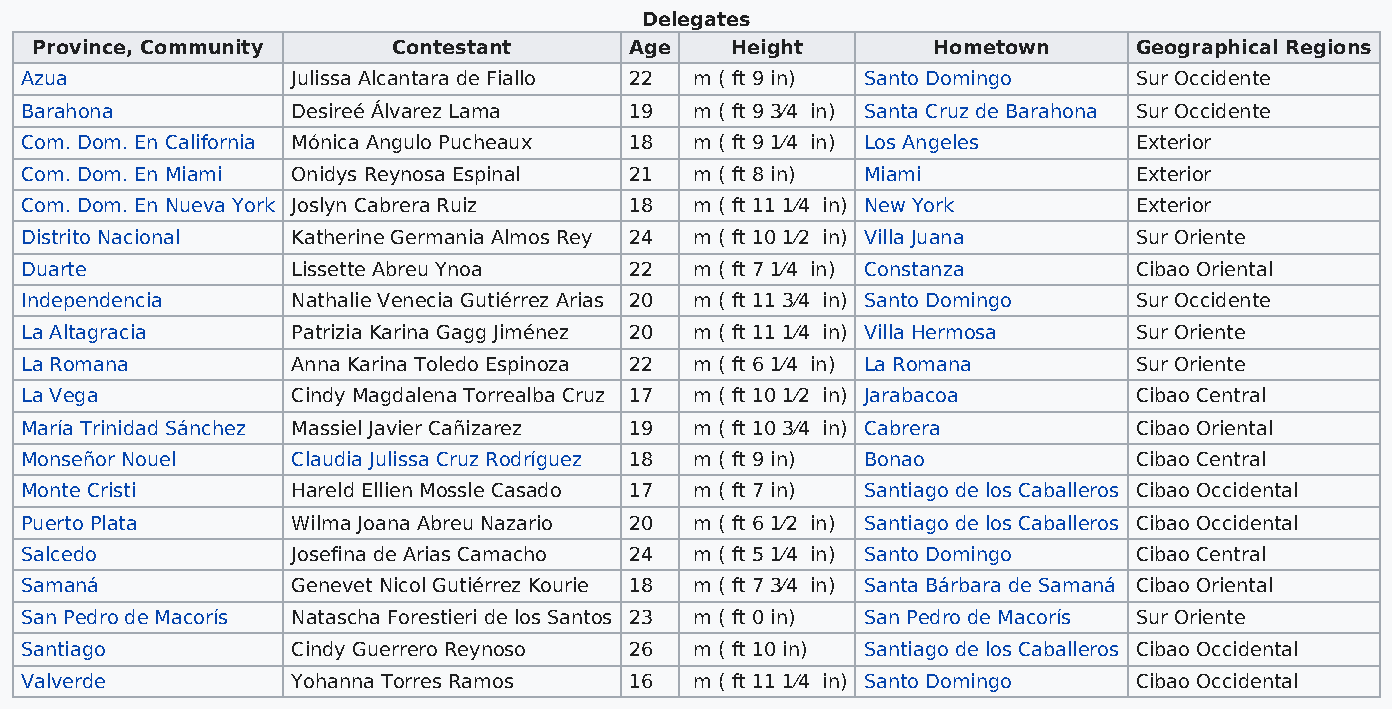
Delegates
 Province, Community     Contestant      Age   Height        Hometown     Geographical Regions
 Azua              Julissa Alcantara de Fiallo 22 m ( ft 9 in) Santo Domingo Sur Occidente
 Barahona          Desireé Álvarez Lama   19  m ( ft 9 3⁄4 in) Santa Cruz de Barahona Sur Occidente
 Com. Dom. En California Mónica Angulo Pucheaux 18 m ( ft 9 1⁄4 in) Los Angeles Exterior
 Com. Dom. En Miami Onidys Reynosa Espinal 21 m ( ft 8 in) Miami           Exterior
 Com. Dom. En Nueva York Joslyn Cabrera Ruiz 18 m ( ft 11 1⁄4 in) New York Exterior
 Distrito Nacional Katherine Germania Almos Rey 24 m ( ft 10 1⁄2 in) Villa Juana Sur Oriente
 Duarte            Lissette Abreu Ynoa    22  m ( ft 7 1⁄4 in) Constanza   Cibao Oriental
 Independencia     Nathalie Venecia Gutiérrez Arias 20 m ( ft 11 3⁄4 in) Santo Domingo Sur Occidente
 La Altagracia     Patrizia Karina Gagg Jiménez 20 m ( ft 11 1⁄4 in) Villa Hermosa Sur Oriente
 La Romana         Anna Karina Toledo Espinoza 22 m ( ft 6 1⁄4 in) La Romana Sur Oriente
 La Vega           Cindy Magdalena Torrealba Cruz 17 m ( ft 10 1⁄2 in) Jarabacoa Cibao Central
 María Trinidad Sánchez Massiel Javier Cañizarez 19 m ( ft 10 3⁄4 in) Cabrera Cibao Oriental
 Monseñor Nouel    Claudia Julissa Cruz Rodríguez 18 m ( ft 9 in) Bonao    Cibao Central
 Monte Cristi      Hareld Ellien Mossle Casado 17 m ( ft 7 in) Santiago de los Caballeros Cibao Occidental
 Puerto Plata      Wilma Joana Abreu Nazario 20 m ( ft 6 1⁄2 in) Santiago de los Caballeros Cibao Occidental
 Salcedo           Josefina de Arias Camacho 24 m ( ft 5 1⁄4 in) Santo Domingo Cibao Central
 Samaná            Genevet Nicol Gutiérrez Kourie 18 m ( ft 7 3⁄4 in) Santa Bárbara de Samaná Cibao Oriental
 San Pedro de Macorís Natascha Forestieri de los Santos 23 m ( ft 0 in) San Pedro de Macorís Sur Oriente
 Santiago          Cindy Guerrero Reynoso 26  m ( ft 10 in) Santiago de los Caballeros Cibao Occidental
 Valverde          Yohanna Torres Ramos   16  m ( ft 11 1⁄4 in) Santo Domingo Cibao Occidental